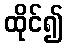
ထိုင်၍